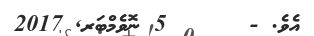
އެވެ. -      5 ނޮވެމްބަރ